system: You are a helpful assistant.
user:
Analyze the provided spectrum to determine if it is a **White Dwarf (WD)**.

A White Dwarf spectrum is defined by its **extreme purity** (due to gravitational settling) and/or **extreme pressure broadening** (due to high surface gravity). You must check for one of the following mutually exclusive signatures:

- **Key Visual Indicators (Check for ONE of these types):**

    - **1. DA-Type Signature (Most Common):**
        - **(Primary Feature):** Extreme pressure broadening (Stark broadening) of the **Hydrogen (H) Balmer lines**.
        - **(Key Lines):** $H\beta$ (approx. $4861$ Å) and $H\gamma$ (approx. $4340$ Å). $H\alpha$ (approx. $6563$ Å) will also be present if the wavelength range covers it.
        - **(Line Profile):** This is the **defining feature**. The lines are **NOT** sharp. They appear as massive, **extremely broad and deep "troughs" or "dips"** in the spectrum, often hundreds of Ångströms wide. The continuum will appear to "scoop" down at these wavelengths.
        - **(Distinction):** Normal A-type or B-type stars have *narrow* and *sharp* Hydrogen lines. A DA White Dwarf's lines are unmistakably "smeared" or "blurry" from pressure.

    - **2. DB-Type Signature:**
        - **(Primary Feature):** Broad absorption lines from **Neutral Helium (He I)**. The spectrum must lack any visible Hydrogen lines.
        - **(Key Lines):** Look for broad absorption near $4471$ Å, $4921$ Å, and $5876$ Å.
        - **(Line Profile):** These lines are also significantly pressure-broadened, appearing much wider than they would in a normal B-type main-sequence star.

    - **3. DC-Type Signature:**
        - **(Primary Feature):** A **featureless continuous spectrum**.
        - **(Line Profile):** The spectrum is a smooth curve with **no significant absorption or emission lines**.
        - **(Key Confirmation):** The continuum is almost always **blue or white**, indicating a hot object. This signature implies the atmosphere is so pure (or so cool) that no spectral lines are visible in the optical range. Its WD identity is confirmed by its extremely low intrinsic brightness (high absolute magnitude).

    - **4. DZ-Type Signature (Metal-Polluted):**
        - **(Primary Feature):** **Isolated, narrow metal absorption lines** on an otherwise featureless (DC-like) continuum.
        - **(Key Lines):** The **Calcium (Ca II) H & K doublet** (approx. **$3934$ Å** and **$3968$ Å**) is the most common and defining feature.
        - **(Line Profile):** These lines are "out of place." They are *not* part of a "forest" of thousands of lines. This signature is evidence of recent *accretion* (pollution) from rocky debris.
        - **(Distinction):** Normal G/K/M stars have a *dense forest* of thousands of metal lines. A DZ has a *clean* continuum with *only a few* strong metal lines.

    - **5. DQ-Type Signature (Carbon-Polluted):**
        - **(Primary Feature):** Absorption bands from **Carbon (C₂ "Swan Bands" or atomic C I)**.
        - **(Key Lines - C₂):** Look for bandheads with a "saw-tooth" shape near $5635$ Å, **$5165$ Å** (strongest), and $4737$ Å.
        - **(Key Confirmation):** The underlying **continuum must be blue or white** (hot).
        - **(Distinction):** This is the critical difference from a **Carbon Star**, which has the *exact same* C₂ bands but on an extremely **red, cool** continuum.

- **(Overall Spectrum):**
    - The continuum (overall shape) is typically **blue-sloping** (brighter in the blue than the red), as most white dwarfs are very hot.
    - The spectrum will look "pure" or "simple," dominated by only *one* of the five signatures listed above.

Think first, call **spectral_visualization_tool** if needed to examine features in detail, then provide your final answer. Your response must adhere to the following strict rules:
1.  **Overall Structure:** Your response must follow the format `<think>...</think> <tool_call>...</tool_call> (if a tool is used) <answer>...</answer>`.
2.  **Tool Usage Constraint:** You may only make **one** tool call per turn.
3.  **Final Answer Format:** In the `<answer>` tag, your conclusion must be inside a `\boxed{}` command (e.g., `\boxed{YES}` or `\boxed{NO}`), followed by your justification.

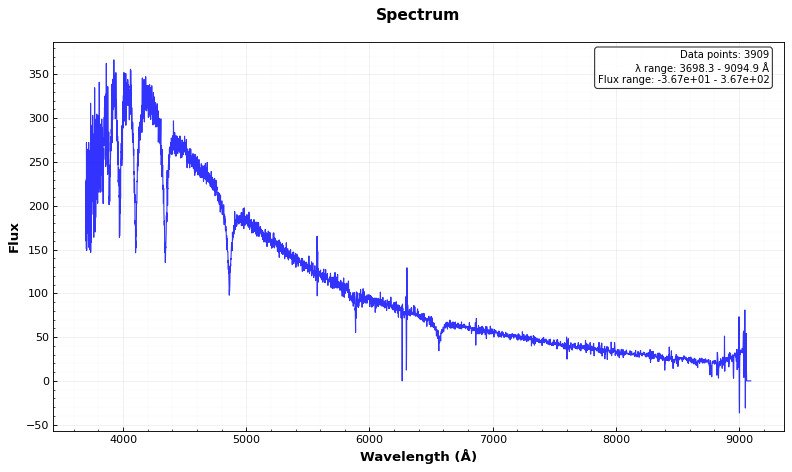
Answer: YES